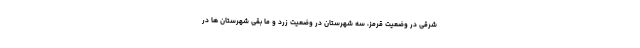
شرقی در وضعیت قرمز، سه شهرستان در وضعیت زرد و ما بقی شهرستان ها در